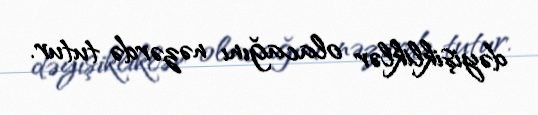
dəyişikliklər olacağını nəzərdə tutur.